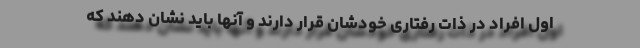
اول افراد در ذات رفتاری خودشان قرار دارند و آنها باید نشان دهند که